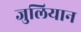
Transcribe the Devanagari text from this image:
जुलियान